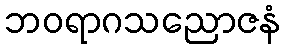
ဘဝရာဂသညောဇနံ